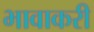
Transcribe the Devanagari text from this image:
भावाकरी